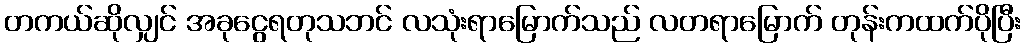
တကယ်ဆိုလျှင် အခုငွေရတုသဘင် လသုံးရာမြောက်သည် လတရာမြောက် တုန်းကထက်ပိုပြီး